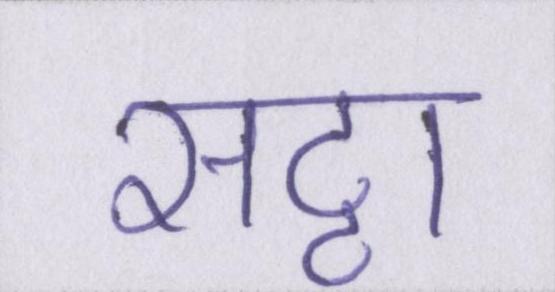
सट्टा